Sleeping sickness
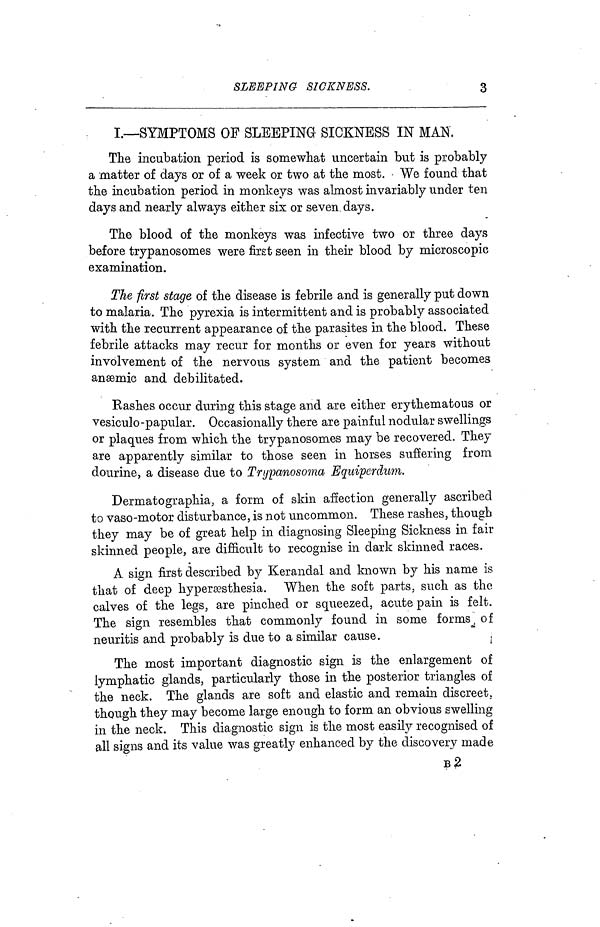
SLEEPING SICKNESS.
3
I.—SYMPTOMS OF SLEEPING SICKNESS IN MAN,
The incubation period is somewhat uncertain but is probably
a matter of days or of a week or two at the most. We found that
the incubation period in monkeys was almost invariably under ten
days and nearly always either six or seven days.
The blood of the monkeys was infective two or three days
before trypanosomes were first seen in their blood by microscopic
examination.
The first stage of the disease is febrile and is generally put down
to malaria. The pyrexia is intermittent and is probably associated
with the recurrent appearance of the parasites in the blood. These
febrile attacks may recur for months or even for years without
involvement of the nervous system and the patient becomes
ansemic and debilitated.
Rashes occur during this stage and are either erythematous or
vesiculo-papular. Occasionally there are painful nodular swellings
or plaques from which the trypanosomes may be recovered. They
are apparently similar to those seen in horses suffering from
dourine, a disease due to Trypanosoma Equiperdum.
Pennato graphia, a form of skin affection generally ascribed
to vaso-motor disturbance, is not uncommon. These rashes, though
they may be of great help in diagnosing Sleeping Sickness in fair
skinned people, are difficult to recognise in dark skinned races.
A sign first described by Kerandal and known by his name is
that of deep hypersesthesia. When the soft parts, such as the
calves of the legs, are pinched or squeezed, acute pain is felt.
The sign resembles that commonly found in some forms of
neuritis and probably is due to a similar cause.
The most important diagnostic sign is the enlargement of
lymphatic glands, particularly those in the posterior triangles of
the neck. The glands are soft and elastic and remain discreet,
though they may become large enough to form an obvious swelling
in the neck. This diagnostic sign is the most easily recognised of
all signs and its value was greatly enhanced by the discovery made
B2